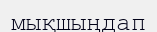
мықшыңдап